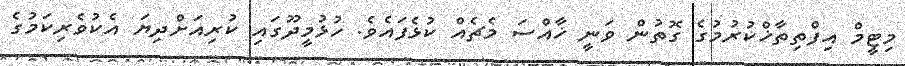
މިޓީމް އިފްތިތާޚްކުރުމުގެ ގޮތުން ވަނީ ޚާއްސަ މެޗެއް ކުޅެފައެވެ. ހުޅުމީދޫގައި ކުރިއަށްދިޔަ އެކުވެރިކަމުގެ